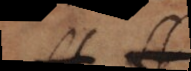
e s